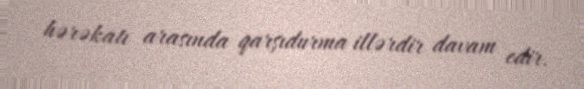
hərəkatı arasında qarşıdurma illərdir davam edir.